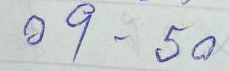
09 - 50